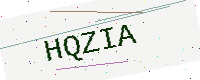
Text: HQZIA